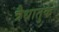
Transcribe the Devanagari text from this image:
त्रैधातुक